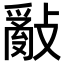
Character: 𢿢